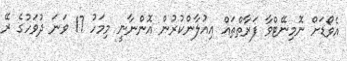
އެވޯޑަށް ނޮމިނޭޓްވާ ފަރާތްތައް އިއުލާންކުރުން އޮންނާނީ މިމަހު 17 ވަނަ ދުވަހުގެ ރޭ